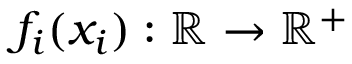
f _ { i } ( x _ { i } ) : \mathbb { R } \to \mathbb { R } ^ { + }